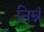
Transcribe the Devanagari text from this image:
निम्नं